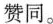
赞同。